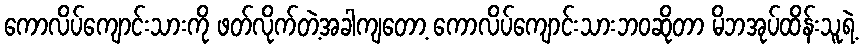
ကောလိပ်ကျောင်းသားကို ဖတ်လိုက်တဲ့အခါကျတော့ ကောလိပ်ကျောင်းသားဘဝဆိုတာ မိဘအုပ်ထိန်းသူရဲ့